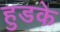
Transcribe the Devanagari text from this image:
हुडके